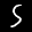
Digit: 5